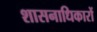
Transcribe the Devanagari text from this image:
शासनाधिकारों